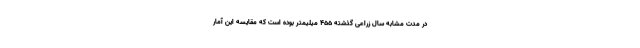
در مدت مشابه سال زراعی گذشته ۴۵۵ میلیمتر بوده است که مقایسه این آمار